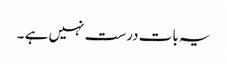
یہ بات درست نہیں ہے ۔